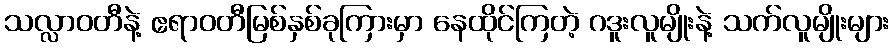
သလ္လာဝတီနဲ့ ဧရာဝတီမြစ်နှစ်ခုကြားမှာ နေထိုင်ကြတဲ့ ဂဒူးလူမျိုးနဲ့ သက်လူမျိုးများ